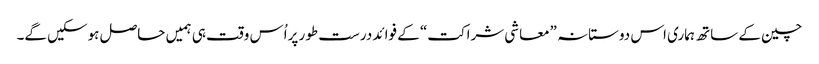
چین کے ساتھ ہماری اس دوستانہ ”معاشی شراکت“ کے فوائد درست طور پراُس وقت ہی ہمیں حاصل ہوسکیں گے۔